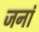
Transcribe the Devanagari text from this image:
जनां